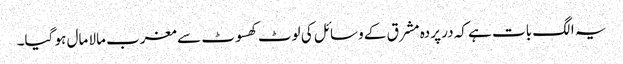
یہ الگ بات ہے کہ در پردہ مشرق کے وسائل کی لوٹ کھسوٹ سے مغرب مالا مال ہو گیا۔